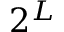
2 ^ { L }